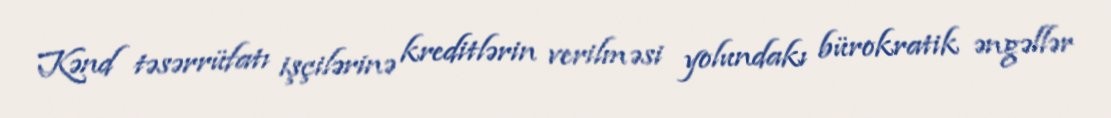
Kənd təsərrüfatı işçilərinə kreditlərin verilməsi yolundakı bürokratik əngəllər